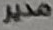
مدير